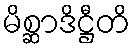
မိစ္ဆာဒိဋ္ဌီတိ